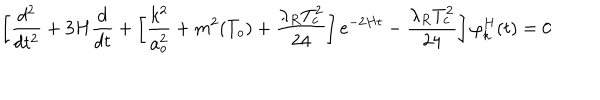
LaTeX: \left[ \frac { d ^ { 2 } } { d t ^ { 2 } } + 3 H \frac { d } { d t } + \left[ \frac { k ^ { 2 } } { a _ { o } ^ { 2 } } + m ^ { 2 } ( T _ { o } ) + \frac { \lambda _ { R } T _ { c } ^ { 2 } } { 2 4 } \right] e ^ { - 2 H t } - \frac { \lambda _ { R } T _ { c } ^ { 2 } } { 2 4 } \right] \varphi _ { k } ^ { H } ( t ) = 0